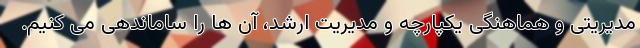
مدیریتی و هماهنگی یکپارچه و مدیریت ارشد، آن ها را ساماندهی می کنیم.